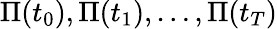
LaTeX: \Pi(t_{0}),\Pi(t_{1}),\ldots,\Pi(t_{T})